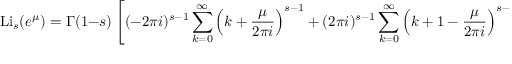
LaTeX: \operatorname { L i } _ { s } ( e ^ { \mu } ) = \Gamma ( 1 - s ) \left[ ( - 2 \pi i ) ^ { s - 1 } \sum _ { k = 0 } ^ { \infty } \left( k + { \frac { \mu } { 2 \pi i } } \right) ^ { s - 1 } + ( 2 \pi i ) ^ { s - 1 } \sum _ { k = 0 } ^ { \infty } \left( k + 1 - { \frac { \mu } { 2 \pi i } } \right) ^ { s - 1 } \right] ,